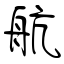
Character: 航